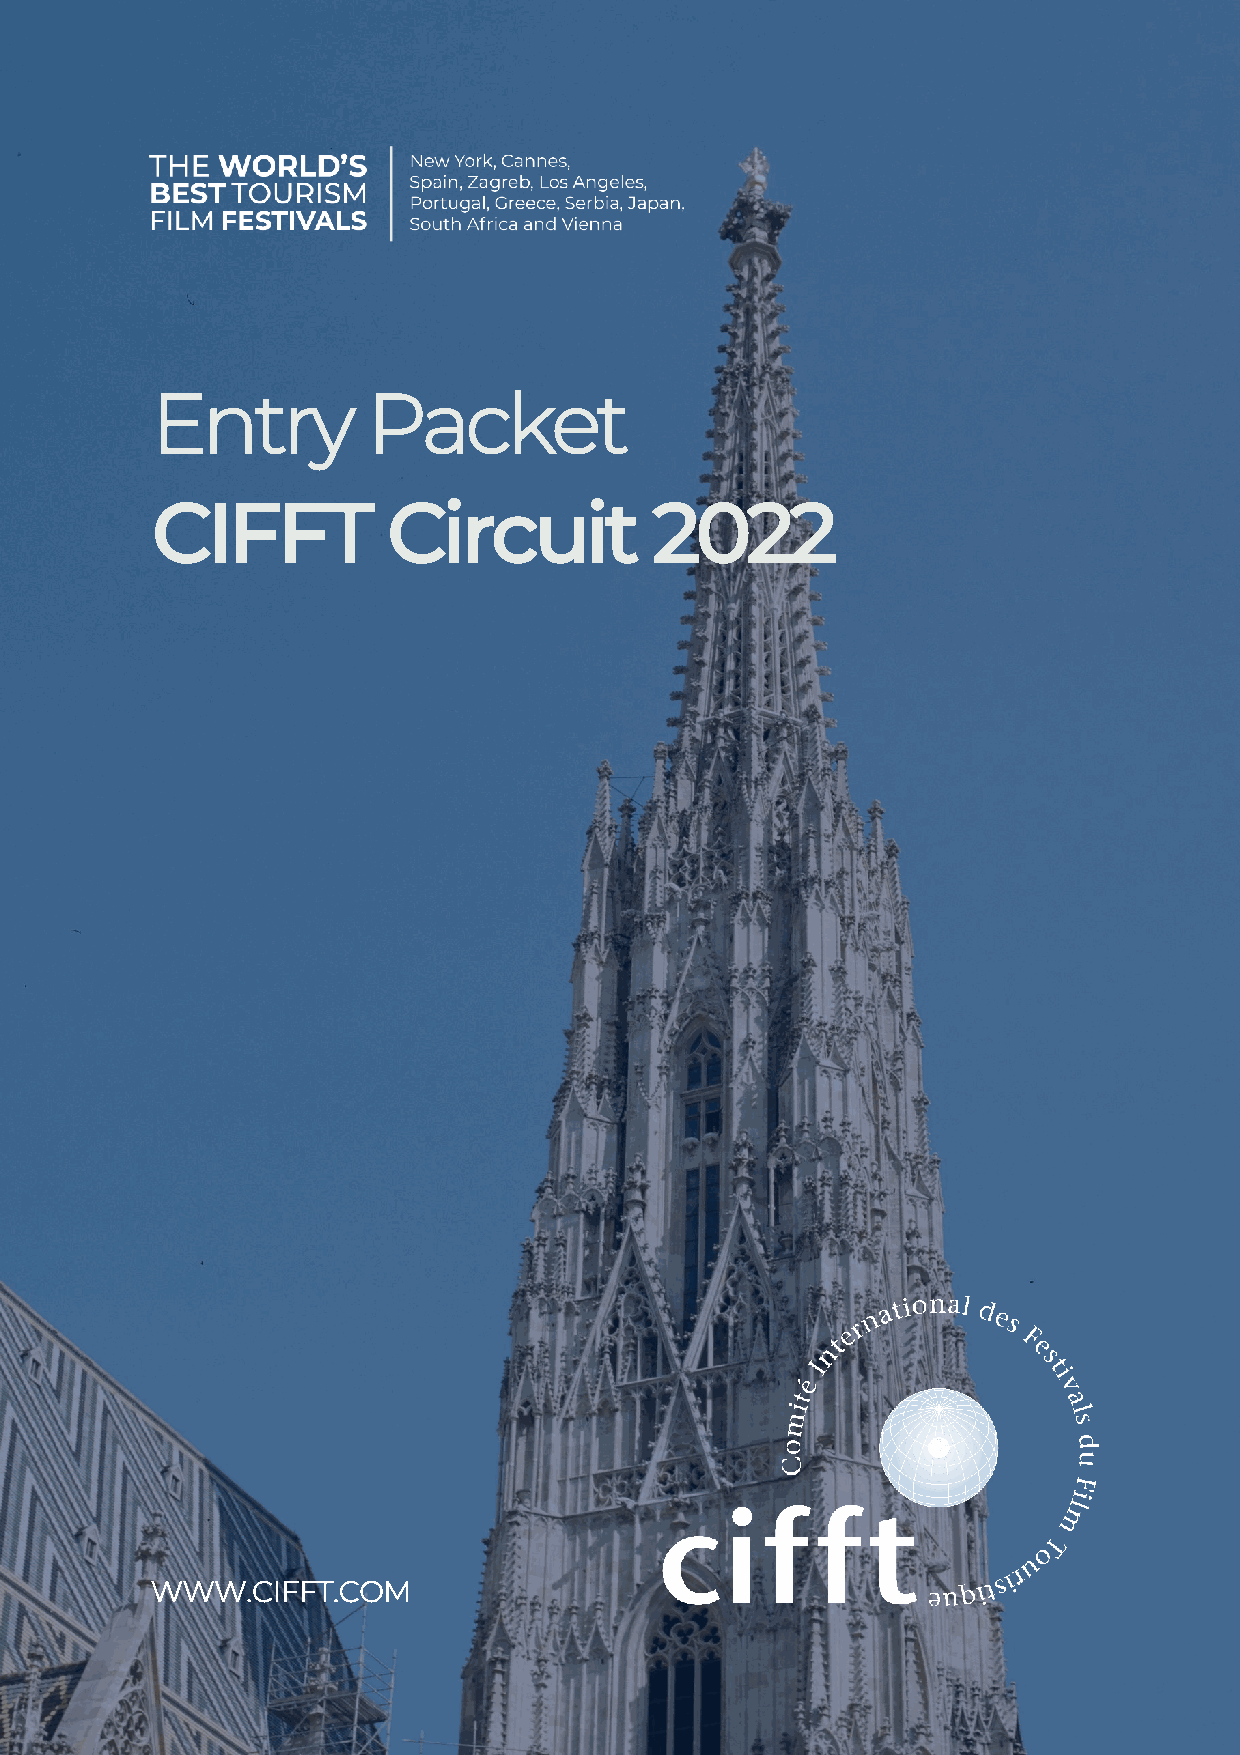
Entry         Packet
 CIFFT           Circuit          2022
 WWW.CIFFT.COM